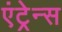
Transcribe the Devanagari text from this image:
एंट्रेन्स